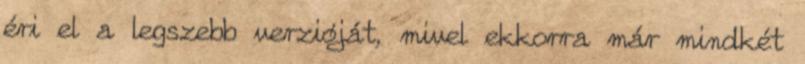
éri el a legszebb verzióját, mivel ekkorra már mindkét